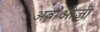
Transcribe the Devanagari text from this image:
अबाओजी